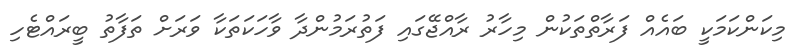
މިކަންކަމަކީ ބައެއް ފަރާތްތަކުން މިހާރު ރާއްޖޭގައި ފަތުރަމުންދާ ވާހަކަތަކާ ވަރަށް ތަފާތު ބީރައްޓެހި